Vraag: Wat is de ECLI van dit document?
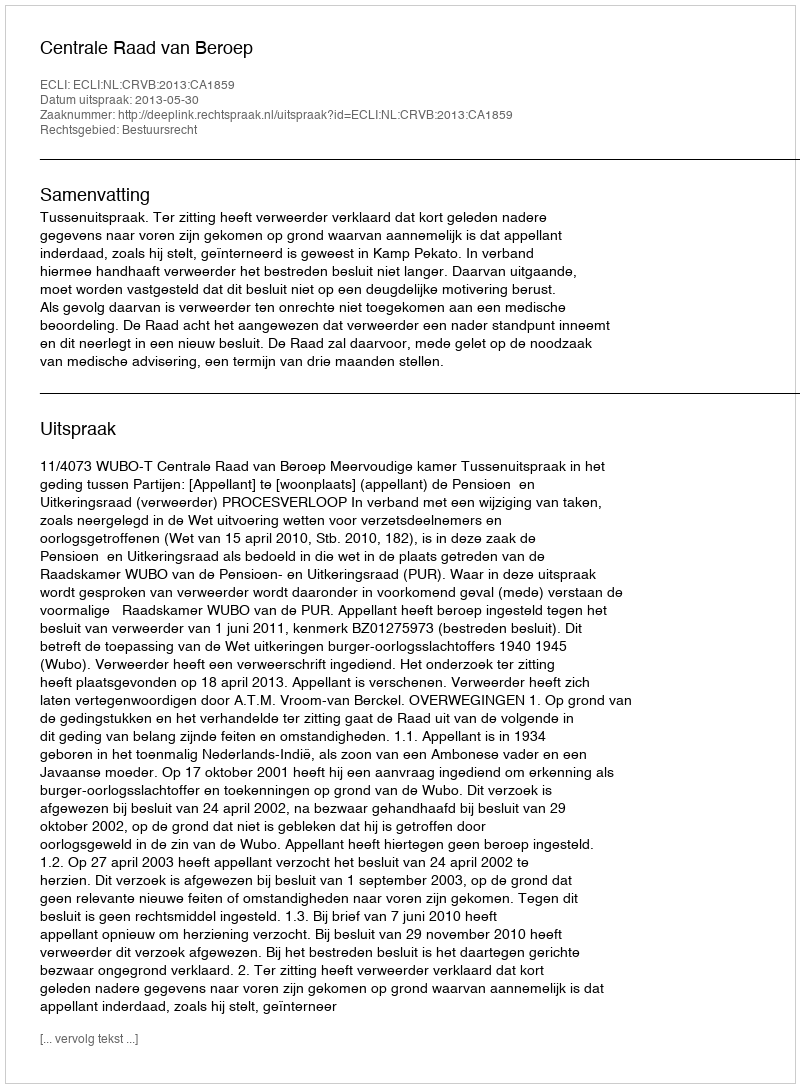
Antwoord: ECLI:NL:CRVB:2013:CA1859